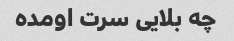
چه بلایی سرت اومده